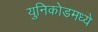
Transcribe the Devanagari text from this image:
युनिकोडमध्‍ये